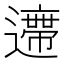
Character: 𨘛